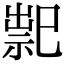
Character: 䄐